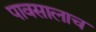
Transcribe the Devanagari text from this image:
पावसालाच